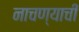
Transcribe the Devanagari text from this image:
नाचण्याची